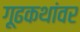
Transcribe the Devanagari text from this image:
गूढकथांवर